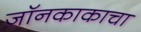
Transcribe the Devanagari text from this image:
जॉनकाकाचा